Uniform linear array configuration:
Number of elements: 48
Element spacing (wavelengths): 0.5
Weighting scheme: hann
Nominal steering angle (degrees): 30
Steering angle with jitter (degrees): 28.066
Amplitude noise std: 0.05
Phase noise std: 0.05

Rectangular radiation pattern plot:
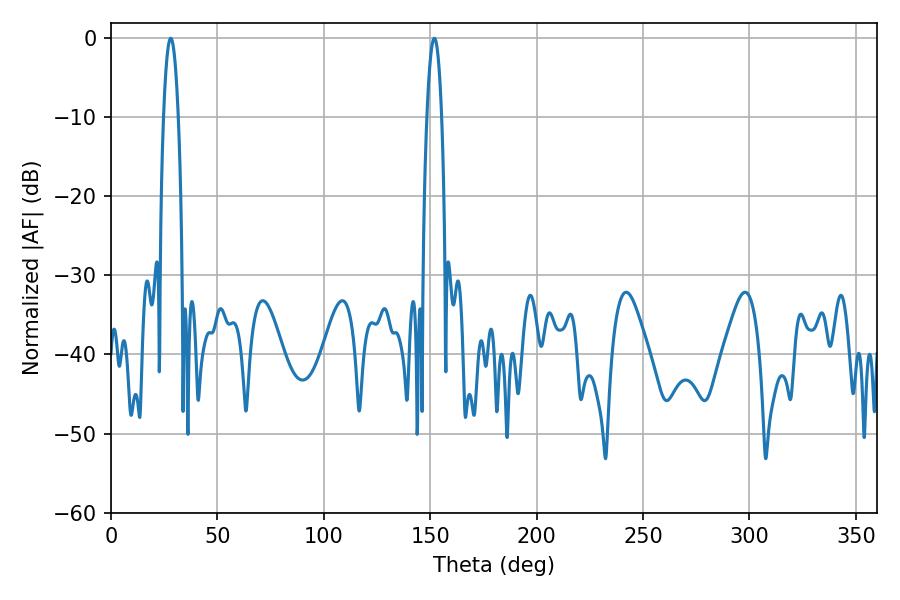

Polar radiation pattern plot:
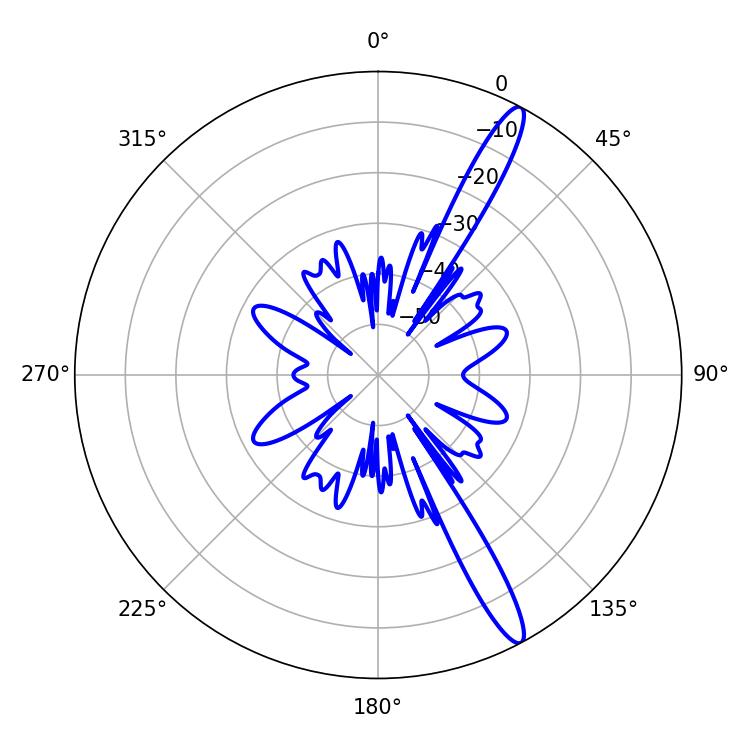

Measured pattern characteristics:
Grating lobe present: FALSE
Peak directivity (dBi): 14.67
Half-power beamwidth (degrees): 3.96
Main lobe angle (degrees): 28.08